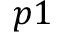
p 1